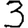
Digit: 3